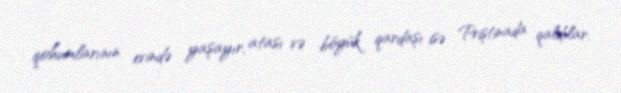
qohumlarının evində yaşayır, atası və böyük qardaşı isə Priştinada qaldılar.